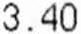
3.40